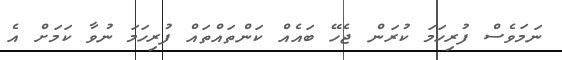
ނަމަވެސް ފުރިހަމަ ކުރަން ޖެހޭ ބައެއް ކަންތައްތައް ފުރިހަމަ ނުވާ ކަމަށް އެ